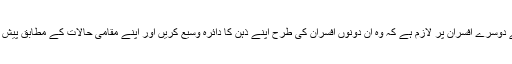
صوبے کے دوسرے افسران پر لازم ہے کہ وہ ان دونوں افسران کی طرح اپنے ذہن کا دائرہ وسیع کریں اور اپنے مقامی حالات کے مطابق پیش قدمی کریں۔